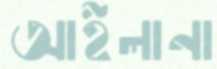
আইলানা